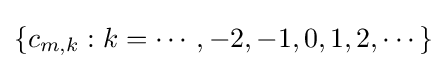
\{c_{m,k}:k=\cdots ,-2,-1,0,1,2,\cdots \}